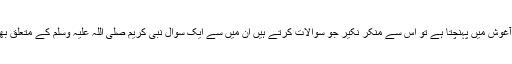
جب انسان اِ س دارِ فانی سے اپنا وقت مقررہ ختم کرکے قبر کی آغوش میں پہنچتا ہے تو اِس سے منکر نکیر جو سوالات کرتے ہیں اُن میں سے ایک سوال نبی کریم صلی اللہ علیہ وسلم کے متعلق بھی ہوتا ہے ‘کہا جاتا ہے کہ تو اِس مَرد کے متعلق کیا کہتا ہے ؟